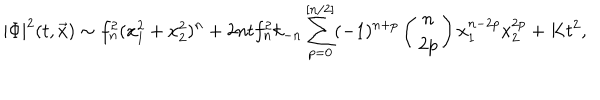
LaTeX: | \Phi | ^ { 2 } ( t , \vec { x } ) \sim f _ { n } ^ { 2 } ( x _ { 1 } ^ { 2 } + x _ { 2 } ^ { 2 } ) ^ { n } + 2 n t f _ { n } ^ { 2 } k _ { - n } \sum _ { p = 0 } ^ { [ n / 2 ] } ( - 1 ) ^ { n + p } \left( \begin{array} { c } { { n } } \\ { { 2 p } } \\ \end{array} \right) x _ { 1 } ^ { n - 2 p } x _ { 2 } ^ { 2 p } + K t ^ { 2 } ,